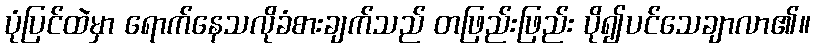
ပုံပြင်ထဲမှာ ရောက်နေသလိုခံစားချက်သည် တဖြည်းဖြည်း ပို၍ပင်သေချာလာ၏။